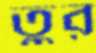
তুর